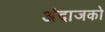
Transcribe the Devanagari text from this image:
अंदाजको